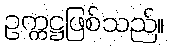
ဥက္ကဋ္ဌဖြစ်သည်။